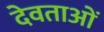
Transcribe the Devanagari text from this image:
देवताअाें